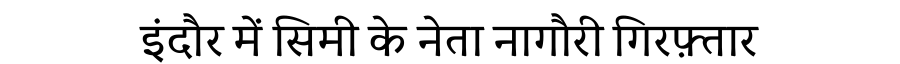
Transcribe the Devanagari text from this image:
इंदौर में सिमी के नेता नागौरी गिरफ़्तार